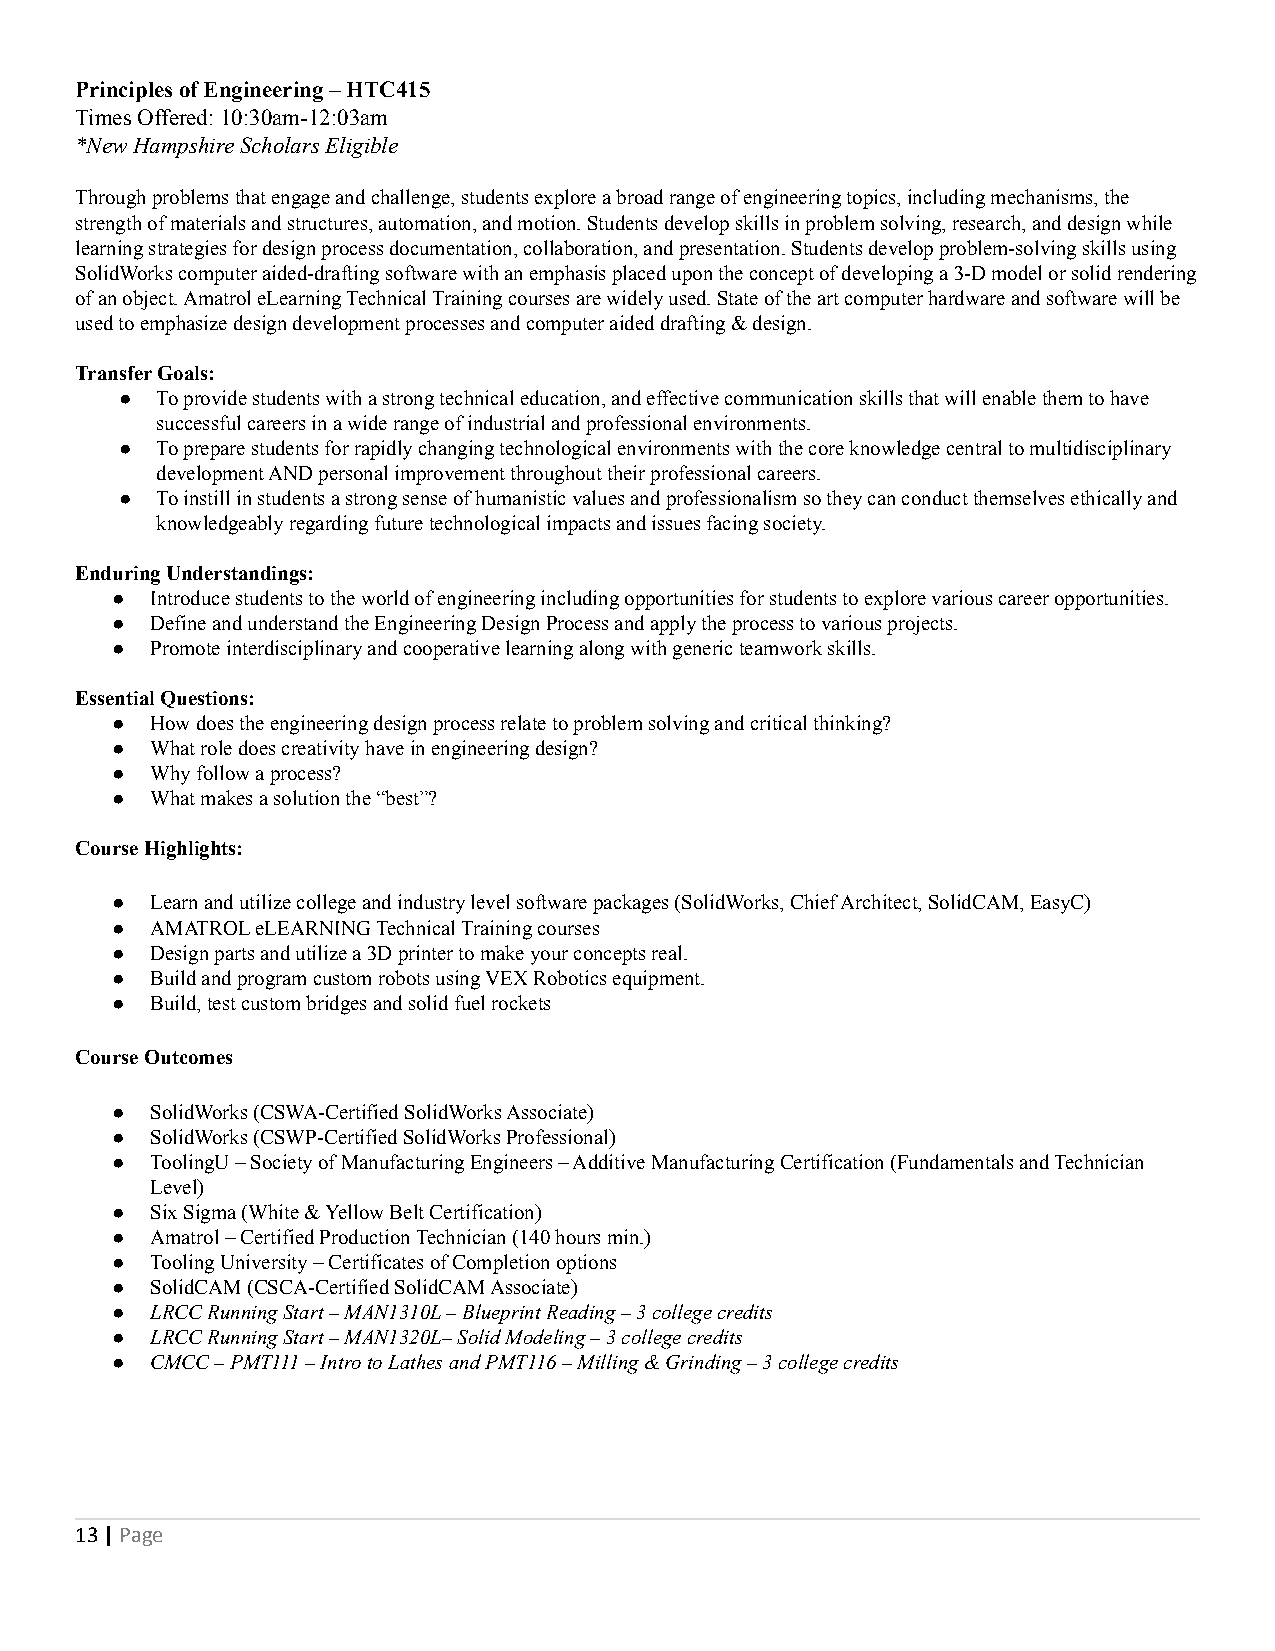
Principles of Engineering – HTC415
 Times Offered: 10:30am-12:03am
 *New Hampshire Scholars Eligible
 Through problems that engage and challenge, students explore a broad range of engineering topics, including mechanisms, the
 strength of materials and structures, automation, and motion. Students develop skills in problem solving, research, and design while
 learning strategies for design process documentation, collaboration, and presentation. Students develop problem-solving skills using
 SolidWorks computer aided-drafting software with an emphasis placed upon the concept of developing a 3-D model or solid rendering
 of an object. Amatrol eLearning Technical Training courses are widely used. State of the art computer hardware and software will be
 used to emphasize design development processes and computer aided drafting & design.
 Transfer Goals:
 ● To provide students with a strong technical education, and effective communication skills that will enable them to have
 successful careers in a wide range of industrial and professional environments.
 ● To prepare students for rapidly changing technological environments with the core knowledge central to multidisciplinary
 development AND personal improvement throughout their professional careers.
 ● To instill in students a strong sense of humanistic values and professionalism so they can conduct themselves ethically and
 knowledgeably regarding future technological impacts and issues facing society.
 Enduring Understandings:
 ●  Introduce students to the world of engineering including opportunities for students to explore various career opportunities.
 ●  Define and understand the Engineering Design Process and apply the process to various projects.
 ●  Promote interdisciplinary and cooperative learning along with generic teamwork skills.
 Essential Questions:
 ●  How does the engineering design process relate to problem solving and critical thinking?
 ●  What role does creativity have in engineering design?
 ●  Why follow a process?
 ●  What makes a solution the “best”?
 Course Highlights:
 ●  Learn and utilize college and industry level software packages (SolidWorks, Chief Architect, SolidCAM, EasyC)
 ●  AMATROL eLEARNING Technical Training courses
 ●  Design parts and utilize a 3D printer to make your concepts real.
 ●  Build and program custom robots using VEX Robotics equipment.
 ●  Build, test custom bridges and solid fuel rockets
 Course Outcomes
 ●  SolidWorks (CSWA-Certified SolidWorks Associate)
 ●  SolidWorks (CSWP-Certified SolidWorks Professional)
 ●  ToolingU – Society of Manufacturing Engineers – Additive Manufacturing Certification (Fundamentals and Technician
 Level)
 ●  Six Sigma (White & Yellow Belt Certification)
 ●  Amatrol – Certified Production Technician (140 hours min.)
 ●  Tooling University – Certificates of Completion options
 ●  SolidCAM (CSCA-Certified SolidCAM Associate)
 ●  LRCC Running Start – MAN1310L – Blueprint Reading – 3 college credits
 ●  LRCC Running Start – MAN1320L– Solid Modeling – 3 college credits
 ●  CMCC – PMT111 – Intro to Lathes and PMT116 – Milling & Grinding – 3 college credits
 13|Page